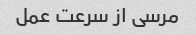
مرسی از سرعت عمل